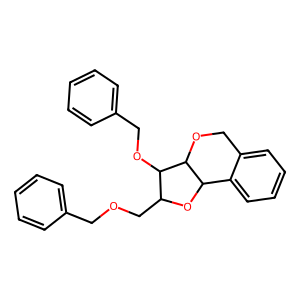
SMILES: c1ccc(COCC2OC3c4ccccc4COC3C2OCc2ccccc2)cc1
Inhibits HIV replication: No